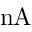
\mathrm { n A }